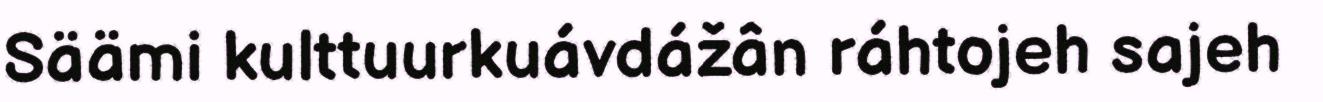
Säämi kulttuurkuávdážân ráhtojeh sajeh